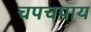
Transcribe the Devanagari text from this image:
चपचपाय